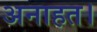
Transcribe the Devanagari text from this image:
अनाहत।